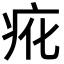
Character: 𭼇